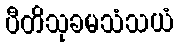
ပီတိသုခမသံသယံ